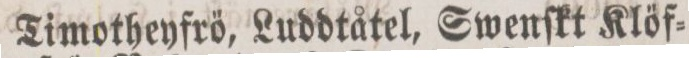
Timotheyfrö, Luddtåtel, Swenſkt Klöf=